Lunatic asylums Bombay report 1891-1903 - 1891-1903
Year: 1891
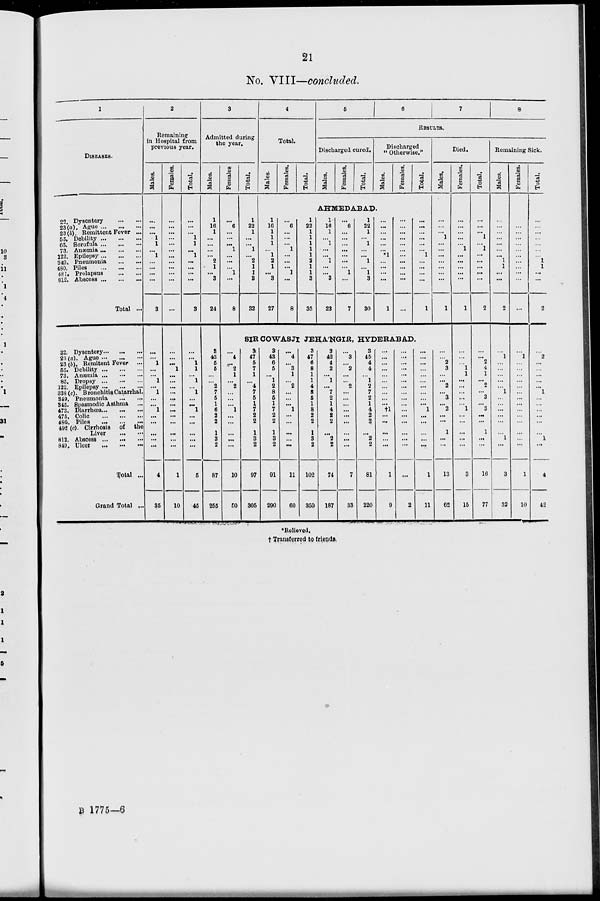
21
No. VIII—concluded.
1
DISEASES.
22. Dysentery
...
...
23(a). Ague ... ... ...
23(b). Remittent Fever ...
55. Debility
...
...
...
65. Scrofula ... ... ...
73. Anæmia ... ... ...
122. Epilepsy ... ... ...
349. Pneumonia
...
...
480. Piles ... ... ...
481. Prolapsus ... ... ...
812. Abscess
...
...
...
Total ...
22. Dysentery ... ... ...
23 (a). Ague ... ... ...
23 (b). Remitent Fever ...
55. Debility
...
...
...
73. Anæmia ...
...
...
85. Dropsy
...
...
...
122. Epilepsy
...
...
...
338 (c). Bronchitis Catarrhal.
819. Pneumonia
...
...
845. Spasmodic Asthma ...
473. Diarrhœa ... ... ...
475. Colic
...
...
...
480. Piles
...
...
...
492 (c). Cirrhosis of the
Liver
...
...
812. Abscess ...
... ...
849. Ulcer
...
...
...
Total ...
Grand Total ...
2
Remaining
in Hospital from
previous year.
Males.
...
...
...
1
1
...
1
. ..
. ..
. ..
...
3
...
...
1
...
...
1
...
1
...
...
1
. ..
. ..
. ..
. ..
4
35
Females.
...
...
....
...
...
...
...
...
...
...
...
...
...
...
...
1
...
...
...
...
. ..
. ..
. ..
...
. ..
...
. ..
...
1
10
Total.
...
...
...
1
1
...
1
...
. ..
...
...
3
...
...
1
1
...
1
...
1
...
...
1
...
...
...
...
...
5
45
3
Admitted during
the year.
Males.
1
16
1
...
...
...
...
2
1
...
3
24
3
43
5
5
...
...
2
7
5
1
6
2
2
1
3
2
87
255
Females
...
6
...
...
...
1
...
...
...
1
...
8
Total.
1
22
1
...
...
1
...
2
1
1
3
32
4
Total,
Males.
Females.
Total.
5
6
7
8
RESULTS.
Discharged cured.
Males.
Females.
Total.
Discharged
'' Otherwise."
Males.
Females.
Total.
AHMEDABAD.
1
16
1
1
1
...
1
2
1
...
3
27
...
6
...
...
...
1
...
...
...
1
...
8
1
22
1
1
1
1
1
2
1
1
3
35
1
16
1
...
1
...
...
1
...
...
3
23
...
6
...
...
....
...
...
...
...
1
...
7
1
22
1
...
1
...
...
1
...
1
3
30
...
...
...
...
...
...
*1
...
...
...
...
1
...
...
...
...
...
...
...
...
...
...
...
...
...
...
...
...
...
...
1
...
...
...
...
1
Died.
Males.
...
...
...
1
...
...
...
...
...
...
...
1
SIR COWASJI JEHA'NGIR, HYDERABAD.
...
4
...
2
1
...
2
...
...
...
1
...
. ..
...
...
...
10
50
3
47
5
7
1
...
4
7
5
1 7
2
2
1
3
2
97
305
3
43
5
5
...
1
2
8
5
1
7
2
2
1
3
2
91
290
...
4
...
3
1
...
2
...
...
...
1
...
...
...
...
...
11
60
3
47
6
8
1
1
4
8
5
1
8
2
2
1
3
2
102
350
3
42
4
2
...
1
...
7
2
1
4
2
2
. ..
2
2
74
187
...
3
...
2
...
...
2
...
...
...
...
...
...
...
...
...
7
33
3
45
4
4
...
1
2
7
2
1
4
2
2
...
2
2
81
220
...
...
...
...
...
...
...
...
...
...
†1
...
...
...
...
...
1
9
...
...
...
...
...
...
...
...
...
...
...
...
...
...
...
...
2
...
...
...
...
...
...
...
...
...
...
1
. ..
...
...
...
...
1
11
...
...
2
3
...
...
2
...
3
...
2
...
...
1
...
...
13
62
Females.
...
...
...
...
...
1
...
...
...
...
1
...
...
...
1
1
...
...
...
...
...
1
...
...
...
...
...
3
15
Total.
...
...
...
1
...
1
...
...
...
...
2
...
...
2
4
1
...
2
...
3
...
3
...
...
1
...
...
16
77
Remaining Sick.
Males.
.T
...
...
...
...
...
...
1
1
...
...
2
...
1
...
...
...
...
...
1
...
...
...
...
...
...
1
...
3
32
Females.
...
...
...
...
...
...
...
...
...
...
...
...
1
...
...
...
...
...
...
...
...
...
...
...
...
...
...
1
10
Total.
...
...
...
...
...
...
1
1
. ..
...
2
...
2
...
...
...
...
...
1
...
...
...
...
...
...
1
...
4
42
*Relieved.
† Transferred to friends.
B 1775—6